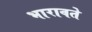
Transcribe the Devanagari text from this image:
भारावते